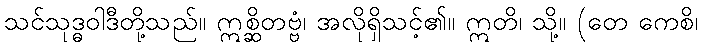
သင်သုဒ္ဓဝါဒီတို့သည်။ ဣစ္ဆိတဗ္ဗံ၊ အလိုရှိသင့်၏။ ဣတိ၊ သို့။ (တေ ကေစိ၊